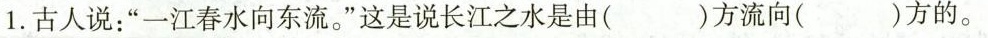
1.古人说”一江春水向东流。”这是说长江之水是由( )方流向( ) 方的。